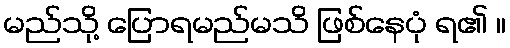
မည်သို့ ပြောရမည်မသိ ဖြစ်နေပုံ ရ၏ ။